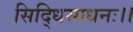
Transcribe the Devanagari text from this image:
सिद्धिसाधनः।।